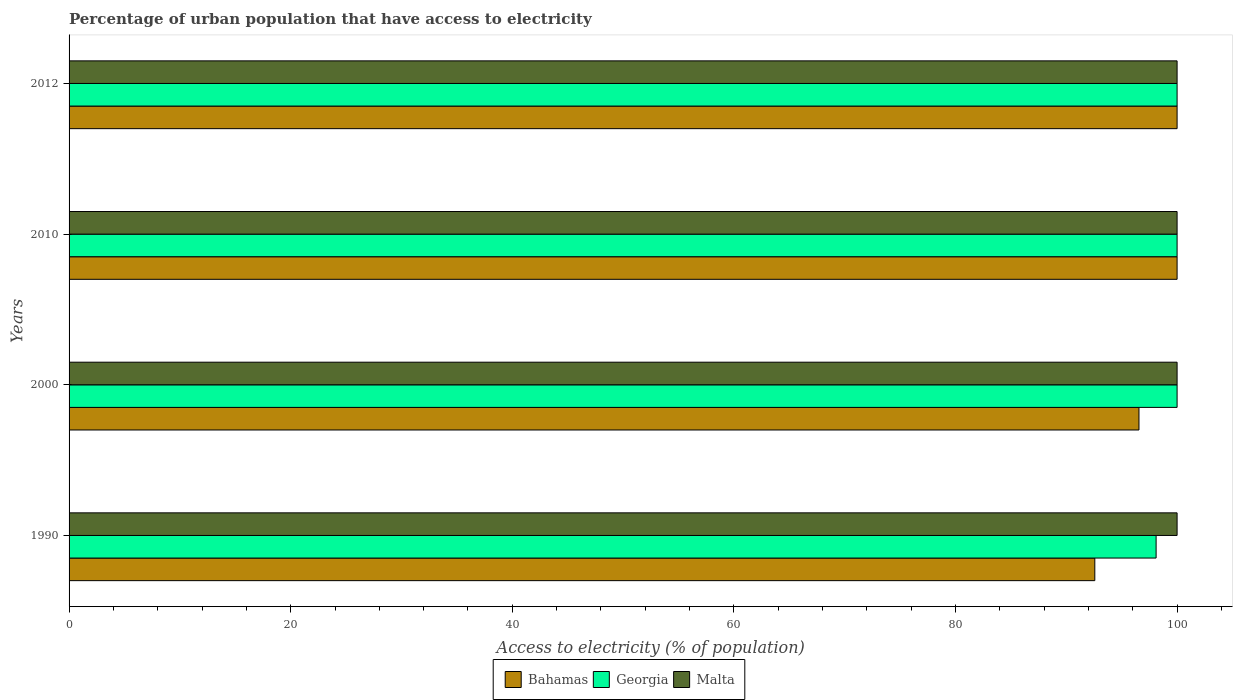
| Years | Bahamas | Georgia | Malta |
 | --- | --- | --- | --- |
 | 1990 | 92.6 | 98.1 | 100 |
 | 2000 | 96.6 | 100 | 100 |
 | 2010 | 100 | 100 | 100 |
 | 2012 | 100 | 100 | 100 |